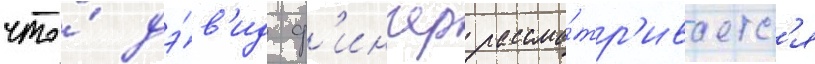
что́ дэ́в'ид ф'инчер рассма́тр'иваетс'я